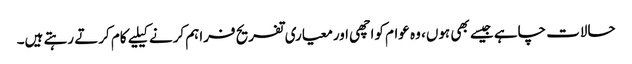
حالات چاہے جیسے بھی ہوں، وہ عوام کواچھی اورمعیاری تفریح فراہم کرنے کیلیے کام کرتے رہتے ہیں۔